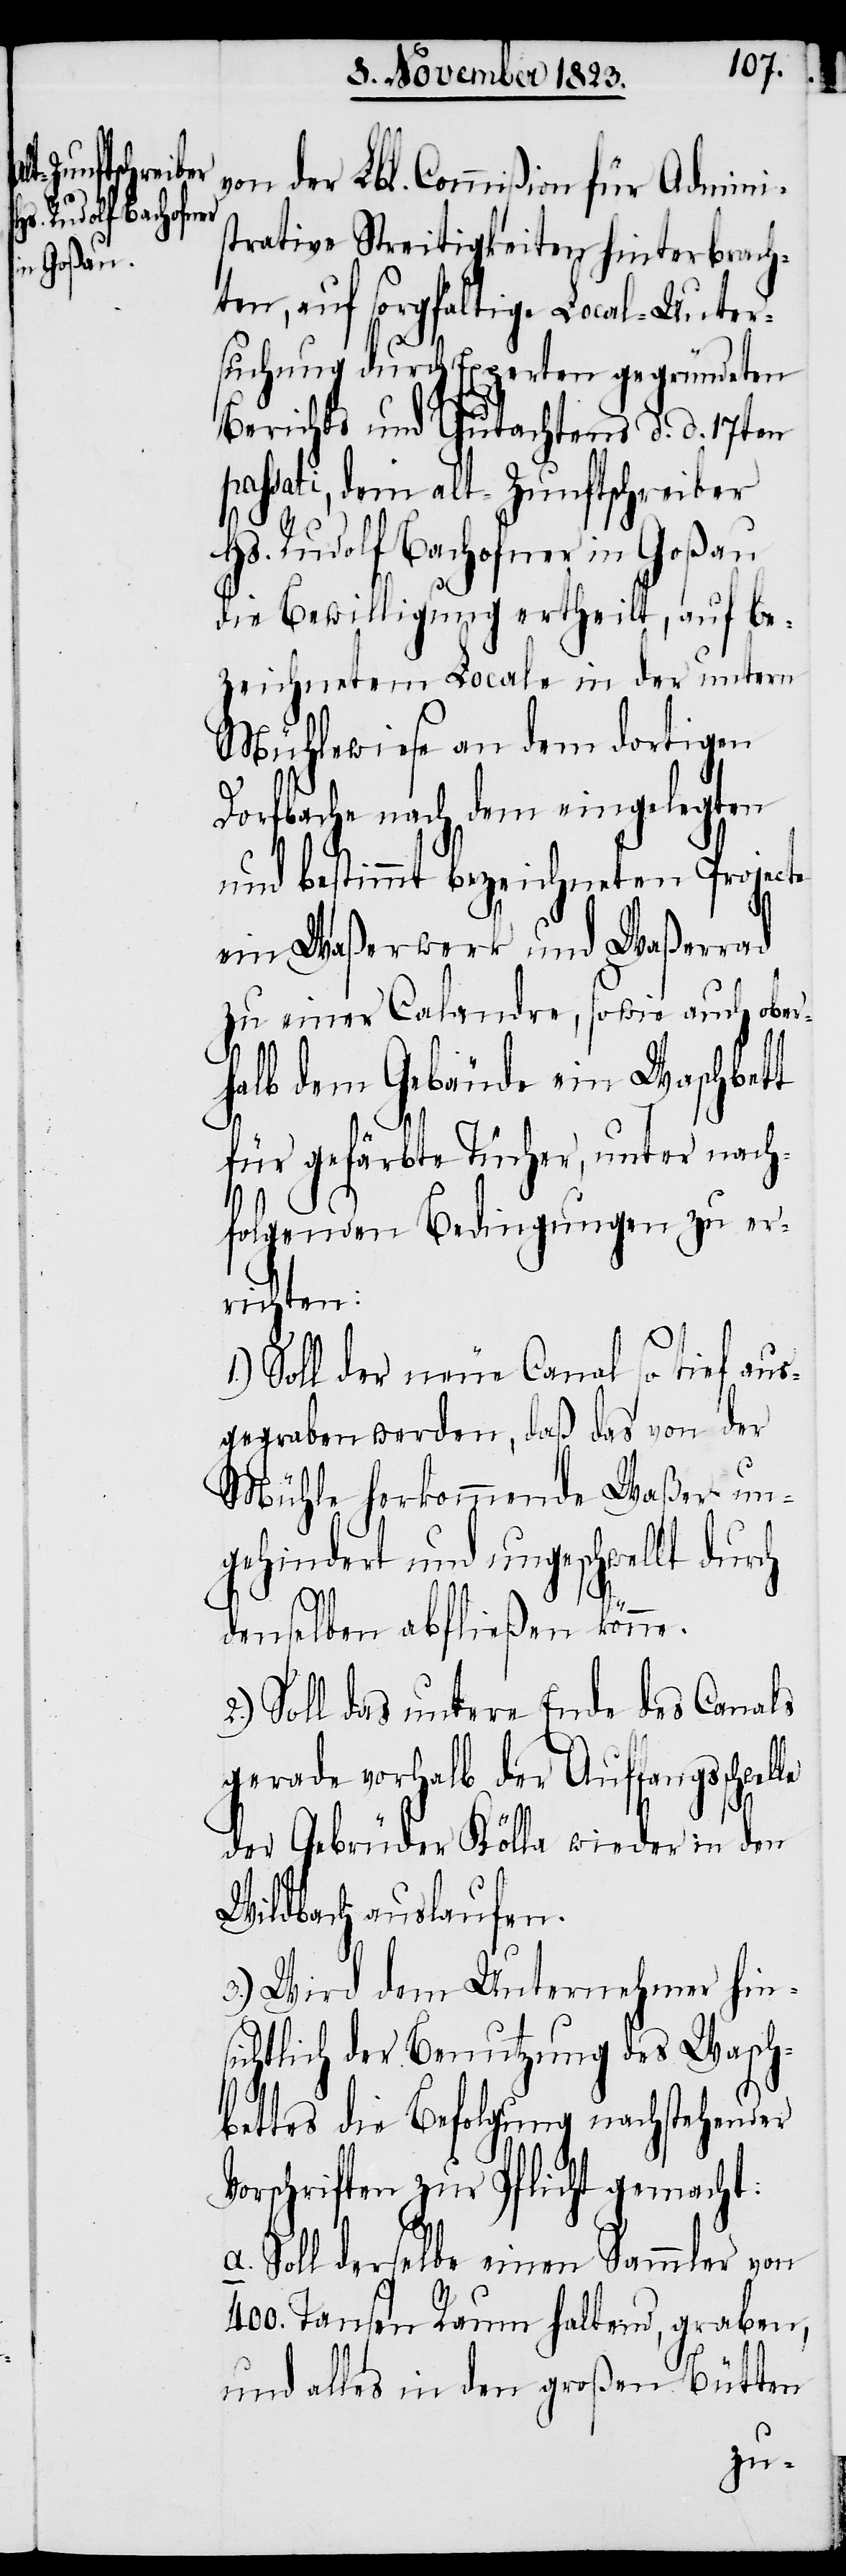
von der Lbl. Commißion für Admini¬
strative Streitigkeiten hinterbrach¬
ten, auf sorgfältige Local-Unter¬
suchung durch Experten gegründeten
Berichts und Gutachtens d. d. 17ten
passati, dem Alt-Zunftschreiber
Hs. Rudolf Bachofner in Goßau
die Bewilligung ertheilt, auf be¬
zeichnetem Locale in der untern
Mühlewiese an dem dortigen
Dorfbache nach dem eingelegten
le
und bestimmt bezeichneten Projecte
ein Waßerwerk und Waßerrad
zu einer Calandre, sowie auch ober¬
halb dem Gebäude ein Waschbett
für gefärbte Tücher, unter nach¬
folgenden Bedingungen zu er¬
richten:
Soll der neue Canal so tief aus¬
gegraben werden, daß das von der
Mühle herkommende Waßer un¬
gehindert und ungeschwellt durch
denselben abfließen könne.
Soll das untere Ende des Canals
gerade vorhalb der Auffangsschwel¬
der Gebrüder Kölla wieder in den
Wildbach auslaufen.
3.) Wird dem Unternehmer hin¬
sichtlich der Benutzung des Wasch¬
bettes die Befolgung nachstehender
Vorschriften zur Pflicht gemacht:
a. Soll derselbe einen Sammler von
400. Tausen Raum haltend, graben,
und alles in den großen Bütten